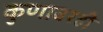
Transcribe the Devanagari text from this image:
कुणावरही